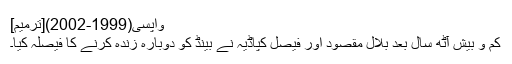
واپسی(1999-2002)[ترمیم]
کم و بیش آٹھ سال بعد بلال مقصود اور فیصل کپاڈیہ نے بینڈ کو دوبارہ زندہ کرنے کا فیصلہ کیا۔